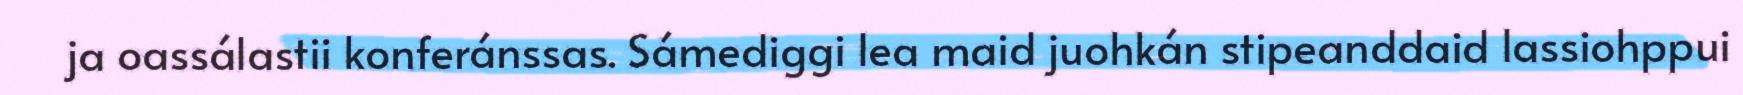
ja oassálastii konferánssas. Sámediggi lea maid juohkán stipeanddaid lassiohppui